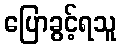
ပြောခွင့်ရသူ